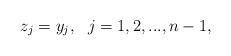
LaTeX: \begin{align*} z_j=y_j, \ \ j=1,2,...,n-1,\end{align*}